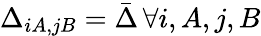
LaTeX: {\Delta_{iA,jB}=\bar{\Delta}\, \forall i,A,j,B}